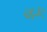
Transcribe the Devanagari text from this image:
वरें